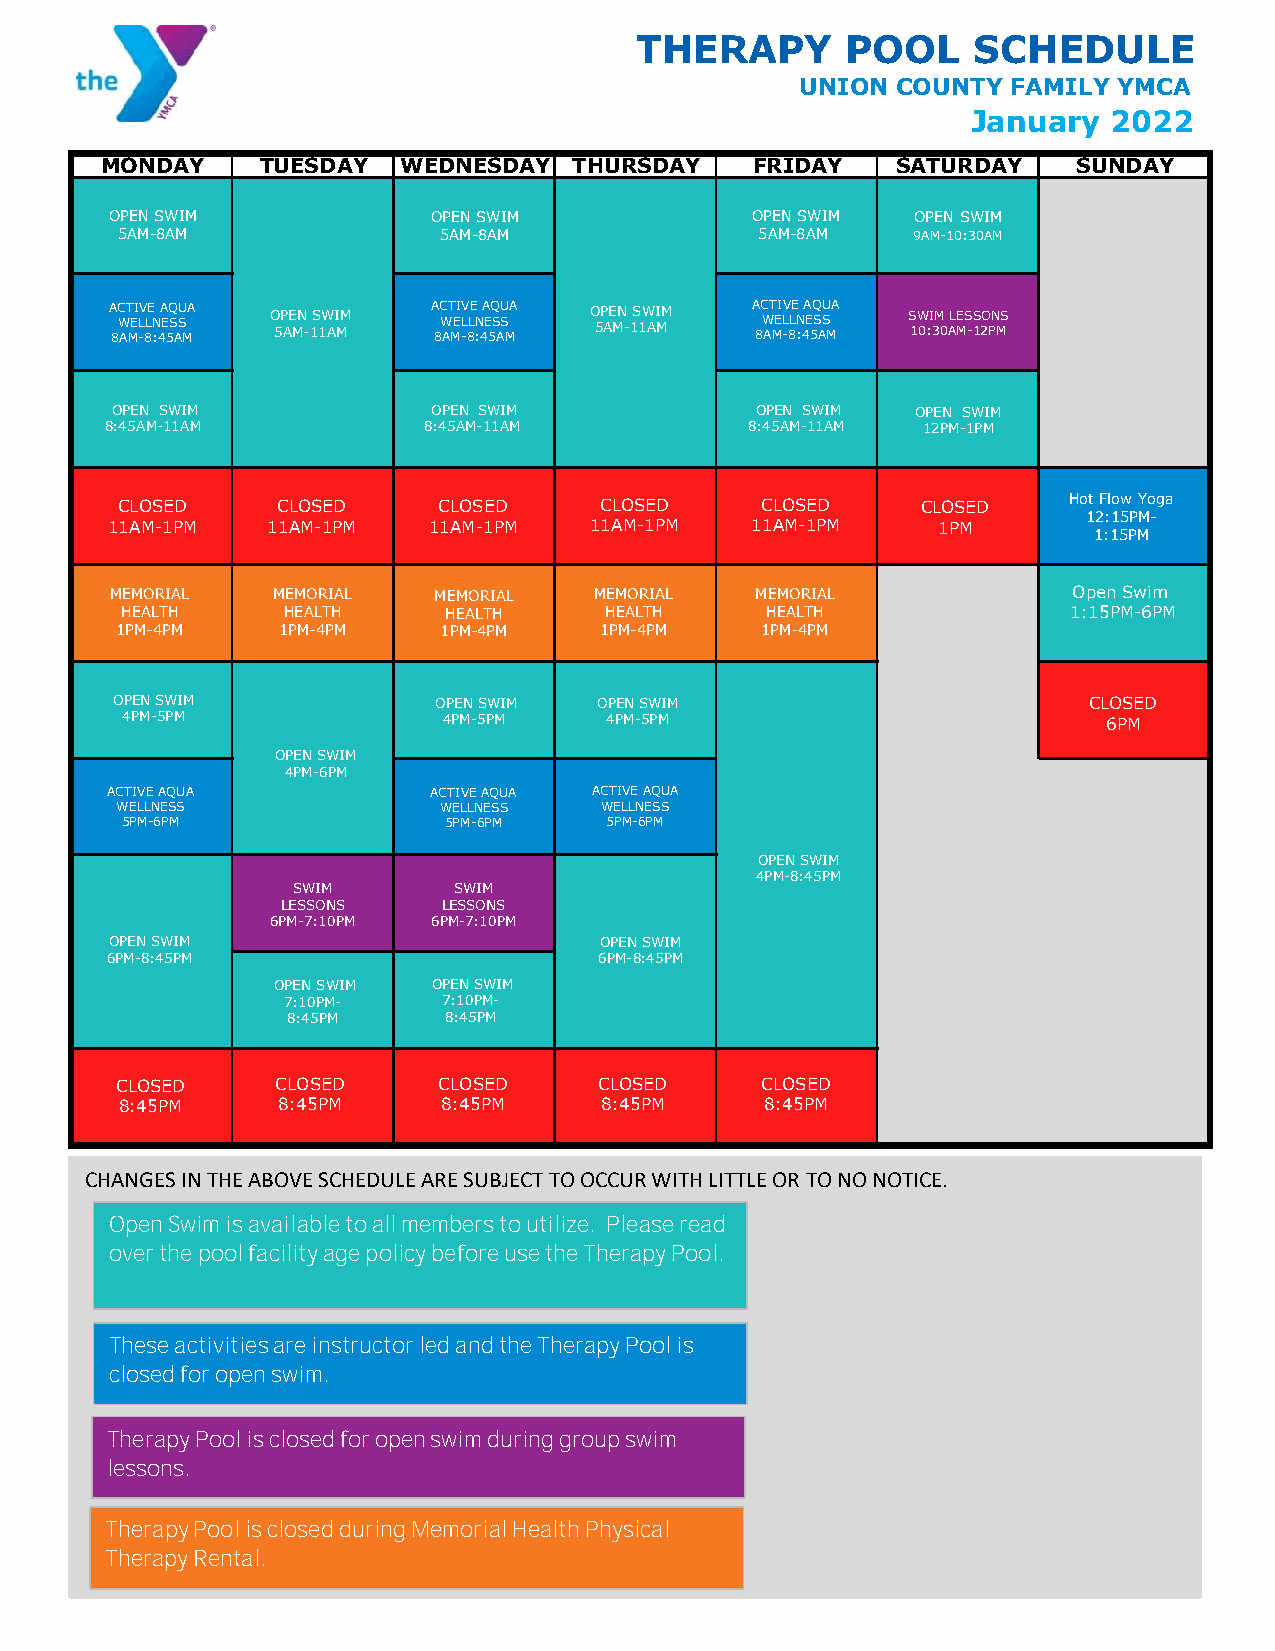
THERAPY       POOL    SCHEDULE
 UNION COUNTY  FAMILY YMCA
 January   2022
 MONDAY    TUESDAY  WEDNESDAY   THURSDAY    FRIDAY   SATURDAY    SUNDAY
 OPEN SWIM             OPEN SWIM            OPENSWIM   OPEN SWIM
 5AM-8AM              5AM-8AM              5AM-8AM   9AM-10:30AM
 A 8C W AT MEI L -V 8LE N :4A E 5Q S ASU MA O 5P AE MN - 1S 1W AI MM A 8C W AT MEI L -V 8LE N :4A E 5Q S ASU MA O 5P AE MN - 1S 1W AI MM A 8C W AT MEI L -V 8LE N :4A E 5Q S ASU MA S 1W 0:I 3M 0 ALE MS -S 12O PN MS
 OPEN SWIM             OPEN SWIM            OPEN SWIM  OPEN SWIM
 8:45AM-11AM          8:45AM-11AM           8:45AM-11AM 12PM-1PM
 CLOSED    CLOSED     CLOSED     CLOSED    CLOSED     CLOSED    Hot Flow Yoga
 12:15PM-
 11AM-1PM   11AM-1PM  11AM-1PM   11AM-1PM   11AM-1PM    1PM
 1:15PM
 MEMORIAL   MEMORIAL   MEMORIAL  MEMORIAL   MEMORIAL             OpenSwim
 HEALTH     HEALTH    HEALTH     HEALTH     HEALTH              1:15PM-6PM
 1PM-4PM   1PM-4PM    1PM-4PM    1PM-4PM   1PM-4PM
 OPEN SWIM             OPEN SWIM  OPEN SWIM                       CLOSED
 4PM-5PM              4PM-5PM    4PM-5PM                          6PM
 OPEN SWIM
 4PM-6PM
 ACTIVEAQUA           ACTIVEAQUA ACTIVEAQUA
 WELLNESS             WELLNESS   WELLNESS
 5PM-6PM              5PM-6PM    5PM-6PM
 OPEN SWIM
 4PM-8:45PM
 SWIM       SWIM
 LESSONS   LESSONS
 6PM-7:10PM 6PM-7:10PM
 OPENSWIM                         OPENSWIM
 6PM-8:45PM                       6PM-8:45PM
 OPEN SWIM  OPEN SWIM
 7:10PM-   7:10PM-
 8:45PM    8:45PM
 CLOSED    CLOSED     CLOSED     CLOSED    CLOSED
 8:45PM    8:45PM     8:45PM     8:45PM     8:45PM
 CHANGESIN THE ABOVE SCHEDULE ARE SUBJECT TO OCCUR WITH LITTLE OR TO NO NOTICE.
 OpenSwim is available to all members to utilize. Please read
 over the pool facility age policy before use the Therapy Pool.
 These activities are instructor led and the Therapy Pool is
 closed for open swim.
 Therapy Pool is closed for open swim during group swim
 lessons.
 TherapyPool is closed during Memorial Health Physical
 Therapy Rental.
 LAP   POOL     SCHEDULE